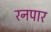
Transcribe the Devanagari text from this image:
रनपार